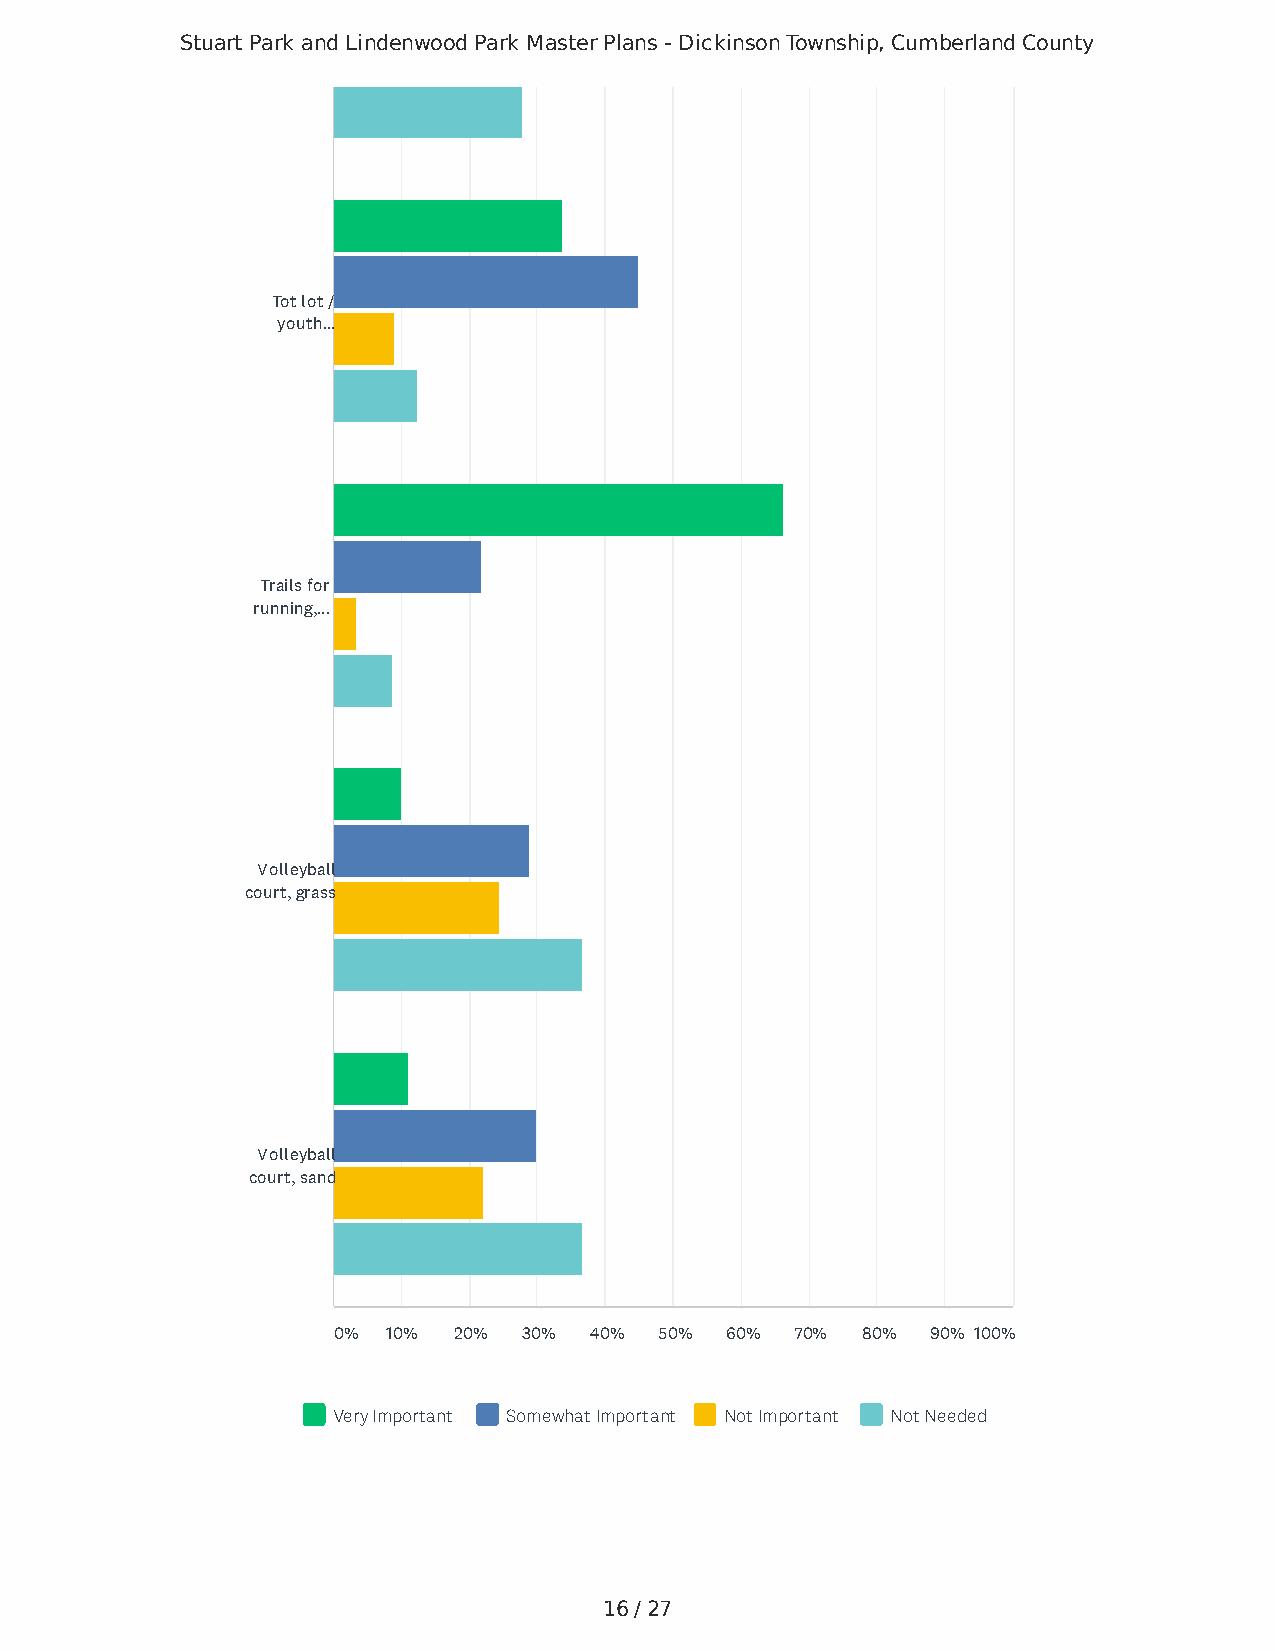
Stuart Park and Lindenwood Park Master Plans - Dickinson Township, Cumberland County
 Tot lot /
 youth...
 Trails for
 running,...
 Volleyball
 court, grass
 Volleyball
 court, sand
 0%  10% 20%  30% 40%  50% 60%  70% 80%  90% 100%
 Very Important Somewhat Important Not Important Not Needed
 16 / 27